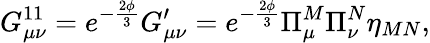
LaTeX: G_{\mu\nu}^{11}=e^{-\frac{2\phi}{3}}G_{\mu\nu}^{\prime}=e^{-\frac{2\phi}{3}}\Pi_{\mu}^{M}\Pi_{\nu}^{N}\eta_{MN},